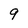
Character: 9